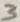
Text: 3